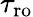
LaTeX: \tau_{\mathrm{ro}}